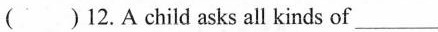
( )12.A child asks all kinds of \underline